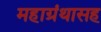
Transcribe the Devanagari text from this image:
महाग्रंथासह